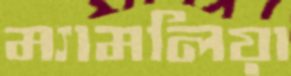
ম্যামলিয়া